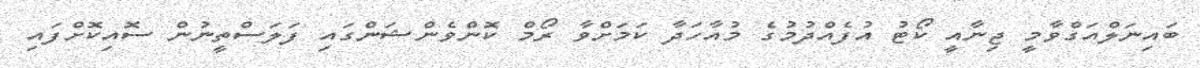
ބައިނަލްއަގްވާމީ ޖިނާއީ ކޯޓު އުފެއްދުމުގެ މުއާހަދާ ކަމަށްވާ ރޯމް ކޮންވެންޝަންގައި ފަލަސްތީނުން ސޮއިކޮށްފައި